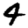
Digit: 4